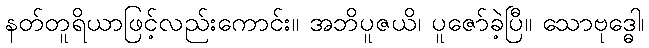
နတ်တူရိယာဖြင့်လည်းကောင်း။ အဘိပူဇယိ၊ ပူဇော်ခဲ့ပြီ။ သောဗုဒ္ဓေါ၊